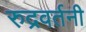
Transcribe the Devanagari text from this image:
रुद्रवर्तनी